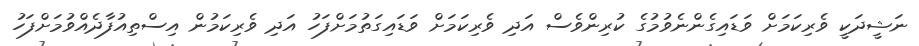
ނަޝީދަކީ ވެރިކަމަށް ވަޑައިގެންނެވުމުގެ ކުރިންވެސް އަދި ވެރިކަމަށް ވަޑައިގަތުމަށްފަހު އަދި ވެރިކަމުން އިސްތިއުފާދެއްވުމަށްފަހު